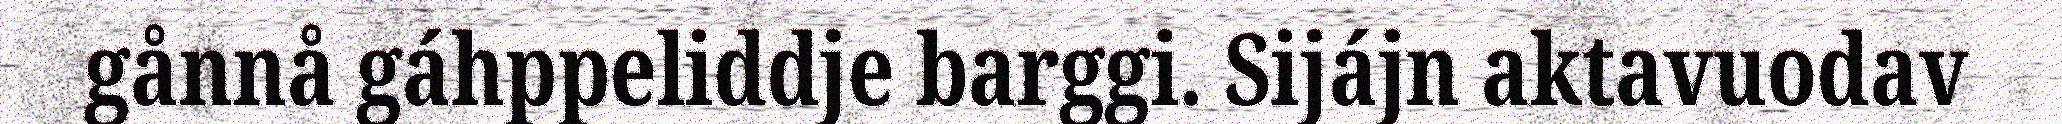
gånnå gáhppeliddje barggi. Sijájn aktavuodav